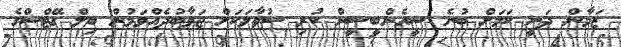
ޒަމާން ދަނީ ކަމަށް ބުނެ ސީއެންބީސީން ކުރި ސުވާލަކަށް ޖަވާބުދެއްވަމުން ބިލް ގޭޓްސްގެ